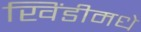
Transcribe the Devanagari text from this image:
खिंडीमधे